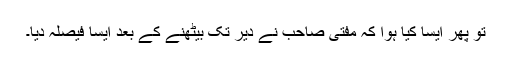
تو پھر ایسا کیا ہوا کہ مفتی صاحب نے دیر تک بیٹھنے کے بعد ایسا فیصلہ دیا۔